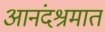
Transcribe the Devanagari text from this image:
आनंदश्रमात